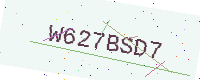
Text: W627BSD7